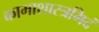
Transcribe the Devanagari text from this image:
कामाशास्त्रमिदं